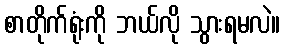
စာတိုက်ရုံးကို ဘယ်လို သွားရမလဲ။